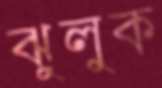
ঝুলুক